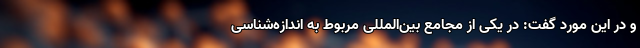
و در این مورد گفت: در یکی از مجامع بین‌المللی مربوط به اندازه‌شناسی